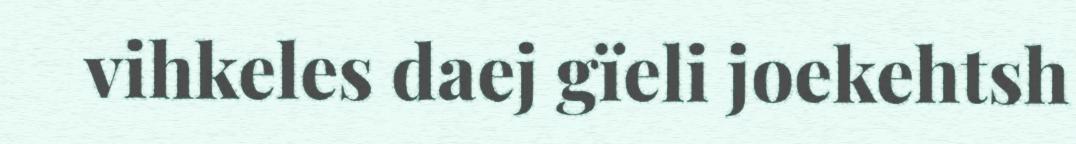
vihkeles daej gïeli joekehtsh